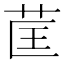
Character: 䒰